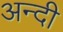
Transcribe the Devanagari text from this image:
अन्दी